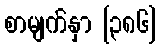
စာမျက်နှာ [၃၈၆]